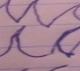
Signature authenticity: forged